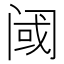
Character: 阈